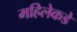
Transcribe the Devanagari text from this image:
महिलेकडे